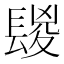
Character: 𨲔